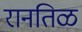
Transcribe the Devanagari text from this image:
रानतिळ